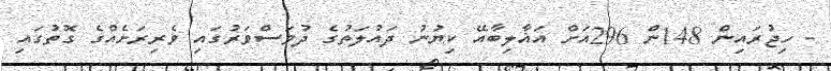
- ހިޖުރައިން 148ން 296އަށް އަޣާލިބާއޭ ކިޔުނު ދައުލަތުގެ ދުވަސްވަރުގައި ވެރިރަށެއްގެ ގޮތުގައި